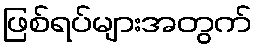
ဖြစ်ရပ်များအတွက်